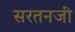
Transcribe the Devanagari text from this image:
सरतनजी